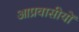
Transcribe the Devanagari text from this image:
आप्रवासीयों